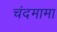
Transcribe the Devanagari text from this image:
चंदमामा